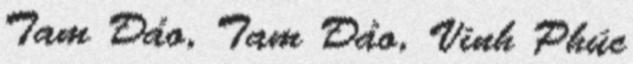
Tam Đảo, Tam Đảo, Vĩnh Phúc